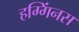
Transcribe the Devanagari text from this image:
हग्गिंनस